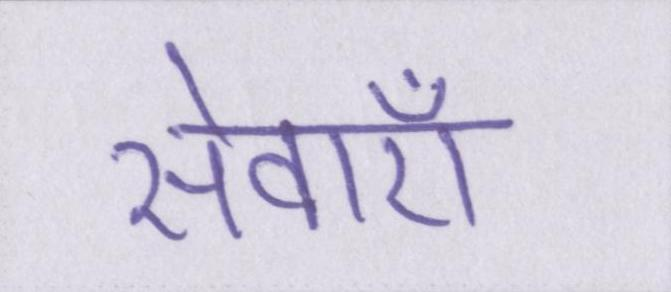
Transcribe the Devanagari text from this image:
सेवाऍं